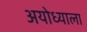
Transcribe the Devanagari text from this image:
अयोध्याला